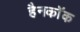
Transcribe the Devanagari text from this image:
हैनकाॅक